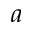
^ a